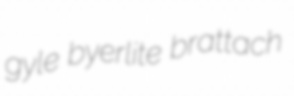
gyle byerlite brattach